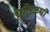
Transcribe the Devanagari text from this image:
प्रतिकर्षी